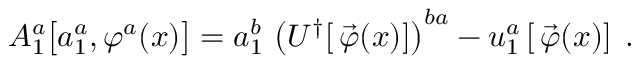
A _ { 1 } ^ { a } \big [ a _ { 1 } ^ { a } , \varphi ^ { a } ( x ) \big ] = a _ { 1 } ^ { b } \, \left( U ^ { \dagger } [ \, \vec { \varphi } ( x ) ] \right) ^ { b a } - u _ { 1 } ^ { a } \left[ \, \vec { \varphi } ( x ) \right] \; .